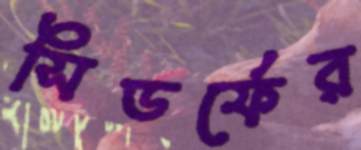
সিডর্ফের